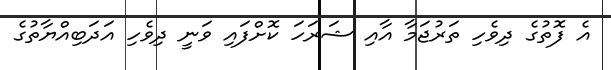
އެ ފޮތުގެ ދިވެހި ތަރުޖަމާ އާއި ޝަރަހަ ކޮށްފައި ވަނީ ދިވެހި އަދަބިއްޔާތުގެ